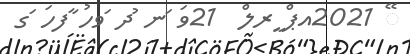
ޭ 2021އޕް ީރލް  21ވަ ަނ ުދ ަވހު ާފހަ ަގ